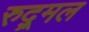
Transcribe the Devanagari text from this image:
रुद्र्मल